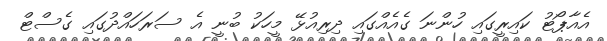
އެއާޕޯޓު ކައިރީގައި ހުންނަ ގެއެއްގައި ދިރިއުޅޭ މީހަކު ބުނީ އެ ސަރަހައްދުގައި ގެސްޓް